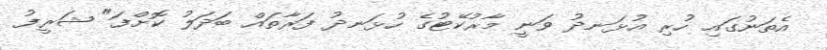
އެތަނުގައި ހުރި އުޅަނދު ވަނީ މާރުކޭޓުގެ ހުޅަނދު ފަރާތައް ބަދަލު ކޮށްފަ" ޝަރީފު